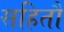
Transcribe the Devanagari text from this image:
सहितौ